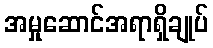
အမှုဆောင်အရာရှိချုပ်